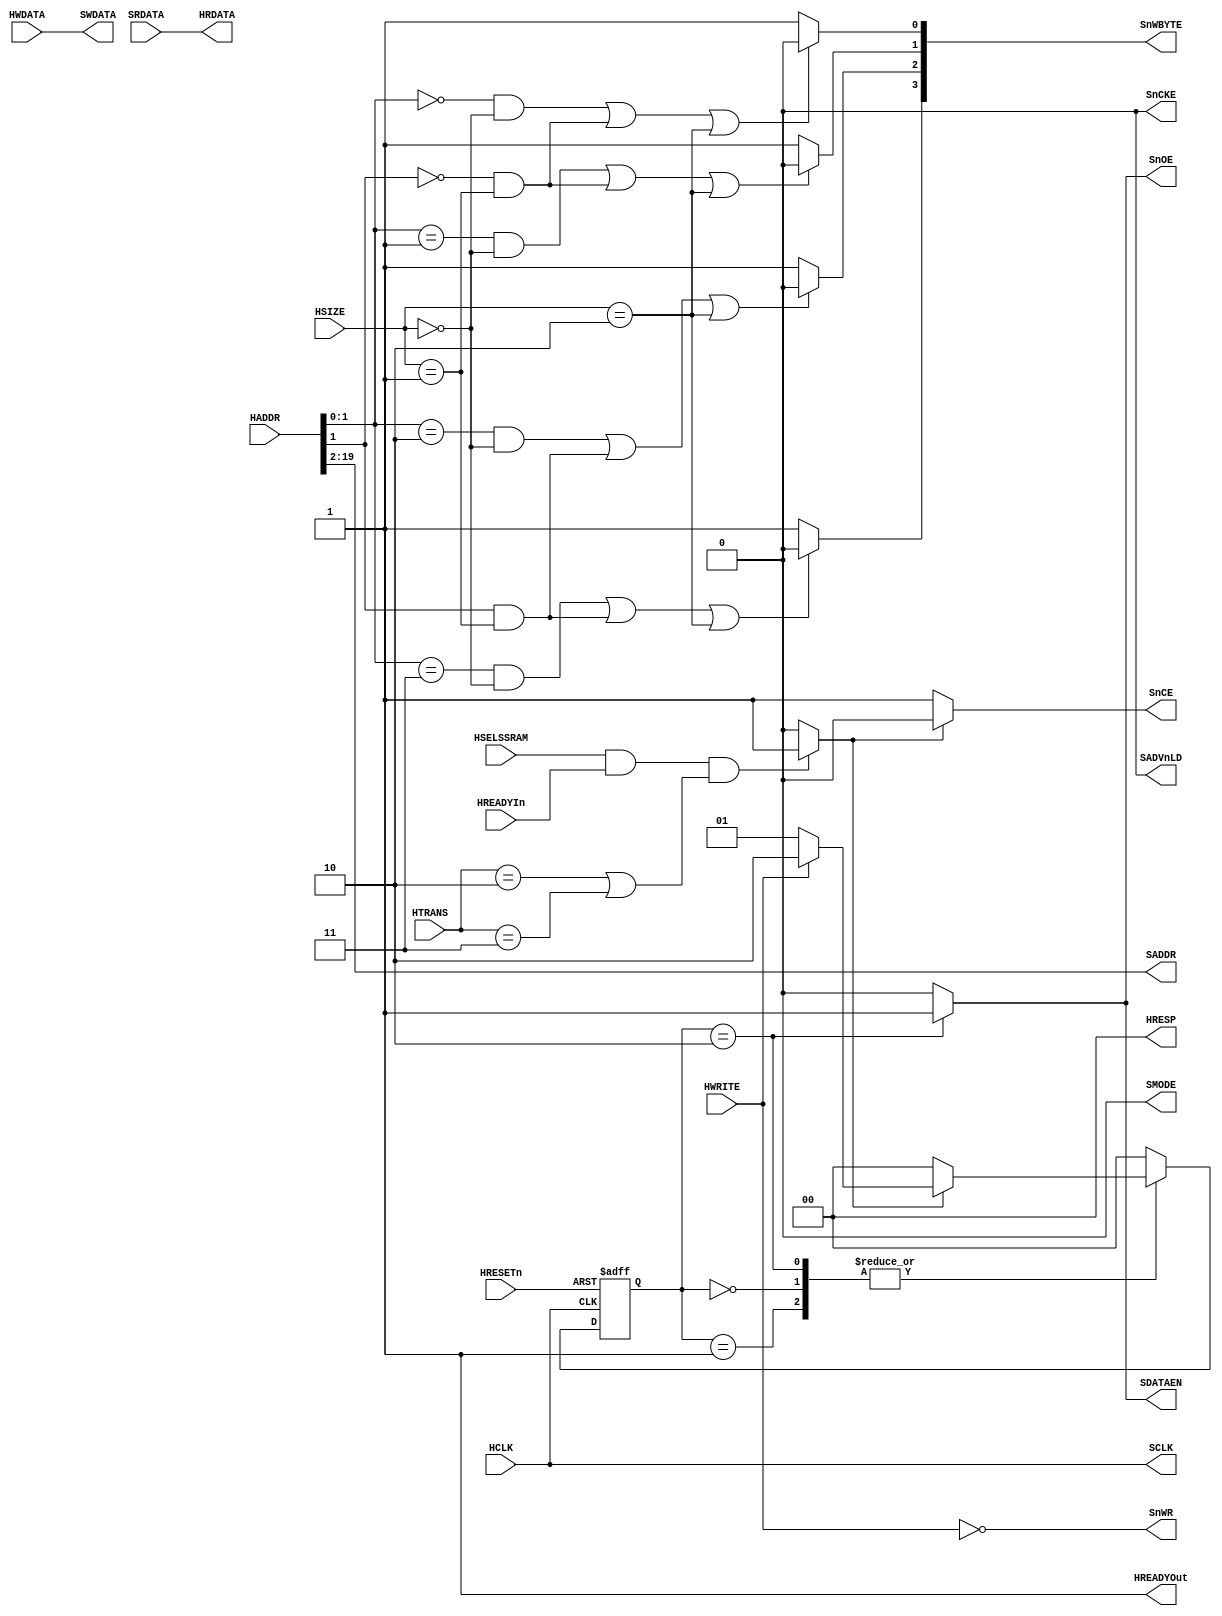
// --=========================================================================--
// This confidential and proprietary software may be used only as
// authorised by a licensing agreement from ARM Limited
//   (C) COPYRIGHT 2000 ARM Limited
//       ALL RIGHTS RESERVED
// The entire notice above must be reproduced on all authorised
// copies and copies may only be made to the extent permitted
// by a licensing agreement from ARM Limited.
//
// -----------------------------------------------------------------------------
// Version and Release Control Information:
//
// File Revision          : $Revision: $
//
// Release Information    : $State: $
//
// -----------------------------------------------------------------------------
// Purpose :
//           AHB ZBT SRAM controller
//
// --=========================================================================--

`timescale 1ns/1ps

// -----------------------------------------------------------------------------

module AHBZBTRAM (
// Inputs
                  HCLK,
                  HRESETn,
                  HSELSSRAM,
                  HREADYIn,
                  HTRANS,
                  HSIZE,
                  HWRITE,
                  HWDATA,
                  SRDATA,
                  HADDR,
// Outputs
                  SCLK,
                  HREADYOut,
                  HRESP,
                  SDATAEN,
                  SnWBYTE,
                  SnOE,
                  SnCE,
                  SADVnLD,
                  SnWR,
                  SMODE,
                  SnCKE,
                  SWDATA,
                  HRDATA,
                  SADDR
                  );

// Inputs
input         HCLK;      // system bus clock
input         HRESETn;   // reset input (active low)
input         HSELSSRAM; // AHB peripheral select
input         HREADYIn;  // AHB ready input
input   [1:0] HTRANS;    // AHB transfer type
input   [1:0] HSIZE;     // AHB hsize
input         HWRITE;    // AHB hwrite
input  [31:0] HWDATA;    // AHB write data bus
input  [31:0] SRDATA;    // SSRAM read data bus
input  [31:0] HADDR;     // AHB address bus

// Outputs
output        SCLK;      // SSRAM clock
output        HREADYOut; // AHB ready output to S->M mux
output  [1:0] HRESP;     // AHB response
output        SDATAEN;   // SSRAM tristate enable
output  [3:0] SnWBYTE;   // SSRAM byte lane writes
output        SnOE;      // SSRAM output enable
output        SnCE;      // SSRAM chip enable
output        SADVnLD;   // SSRAM advance / load
output        SnWR;      // SSRAM write
output        SMODE;     // SSRAM write MODE
output        SnCKE;     // SSRAM write Clock enable
output [31:0] SWDATA;    // SSRAM write data bus
output [31:0] HRDATA;    // AHB read data bus
output [19:2] SADDR;     // SSRAM address bus

// Inputs
wire          HCLK;      // system bus clock
wire          HRESETn;   // reset input (active low)
wire          HSELSSRAM; // AHB peripheral select
wire          HREADYIn;  // AHB ready input
wire    [1:0] HTRANS;    // AHB transfer type
wire    [1:0] HSIZE;     // AHB hsize
wire          HWRITE;    // AHB hwrite
wire   [31:0] HWDATA;    // AHB write data bus
wire   [31:0] SRDATA;    // SSRAM read data bus
wire   [31:0] HADDR;     // AHB address bus

// Outputs
wire          SCLK;      // SSRAM clock
wire          HREADYOut; // AHB ready output to S->M mux
wire    [1:0] HRESP;     // AHB response
wire          SDATAEN;   // SSRAM tristate enable
wire    [3:0] SnWBYTE;   // SSRAM byte lane writes
wire          SnOE;      // SSRAM output enable
wire          SnCE;      // SSRAM chip enable
wire          SADVnLD;   // SSRAM advance / load
wire          SnWR;      // SSRAM write
wire          SMODE;     // SSRAM write MODE
wire          SnCKE;     // SSRAM write Clock enable
wire   [31:0] SWDATA;    // SSRAM write data bus
wire   [31:0] HRDATA;    // AHB read data bus
wire   [19:2] SADDR;     // SSRAM address bus

// -----------------------------------------------------------------------------
//
//                                  AHBZBTRAM
//                                  =========
//
// -----------------------------------------------------------------------------
//
// Overview
// ========
// AHB ZBT SRAM controller
//
// -----------------------------------------------------------------------------

// -----------------------------------------------------------------------------
// Constant declarations
// -----------------------------------------------------------------------------
`define ST_IDLE          2'b00
`define ST_READ          2'b01
`define ST_WRITE         2'b10

// HTRANS transfer type signal encoding
`define TRN_IDLE         2'b00
`define TRN_BUSY         2'b01
`define TRN_NONSEQ       2'b10
`define TRN_SEQ          2'b11

// HRESP transfer response signal encoding
`define RSP_OKAY         2'b00
`define RSP_ERROR        2'b01
`define RSP_RETRY        2'b10
`define RSP_SPLIT        2'b11

// -----------------------------------------------------------------------------
// Wire declarations
// -----------------------------------------------------------------------------
wire       Valid;
// Module is selected with valid transfer

// -----------------------------------------------------------------------------
// Register declarations
// -----------------------------------------------------------------------------
reg  [1:0] NextState;
// State machine

reg  [1:0] CurrentState;
// Current state

// -----------------------------------------------------------------------------
// Function declarations
// -----------------------------------------------------------------------------

// -----------------------------------------------------------------------------
//
// Main body of code
// =================
//
// -----------------------------------------------------------------------------

// -----------------------------------------------------------------------------
// Valid transfer detection
// The slave must only respond to a valid transfer, so this must be detected.
// Valid AHB transfers only take place when a non-sequential or sequential
// transfer is shown on HTRANS - an idle or busy transfer should be ignored.
// -----------------------------------------------------------------------------
assign Valid            = ((HSELSSRAM == 1'b1) & (HREADYIn == 1'b1) &
                           ((HTRANS == `TRN_NONSEQ) | (HTRANS == `TRN_SEQ))) ?
                          1'b1 : 1'b0;

// -----------------------------------------------------------------------------
// Next state logic for APB state machine
// Generates next state from CurrentState and AHB inputs.
// -----------------------------------------------------------------------------
always @(CurrentState or Valid or HWRITE)
begin : p_NextStateComb
  case (CurrentState)

    // Idle state
    `ST_IDLE :
      if (Valid == 1'b1)
        if (HWRITE == 1'b1)
          NextState = `ST_WRITE;
        else
          NextState = `ST_READ;
      else
        NextState   = `ST_IDLE;

    // second read cycle
    `ST_READ :
      if (Valid == 1'b1)
        if (HWRITE == 1'b1)
          NextState = `ST_WRITE;
        else
          NextState = `ST_READ;
      else
        NextState   = `ST_IDLE;

    // second write cycle
    `ST_WRITE :
      if (Valid == 1'b1)
        if (HWRITE == 1'b1)
          NextState = `ST_WRITE;
        else
          NextState = `ST_READ;
      else
        NextState   = `ST_IDLE;

    // Return to idle on FSM error
    default :
       NextState    = `ST_IDLE;

  endcase
end // p_NextStateComb

// -----------------------------------------------------------------------------
// Signals controlled by statemachine
// -----------------------------------------------------------------------------
// SRAM DATA tristate control passed to top top level
assign SDATAEN          = (CurrentState == `ST_WRITE) ? 1'b1 : 1'b0;

// Ensure that ZBT cannot drive out during a write
assign SnOE             = (CurrentState == `ST_WRITE) ? 1'b1 : 1'b0;
// -----------------------------------------------------------------------------
// State machine
// Changes state on rising edge of HCLK.
// -----------------------------------------------------------------------------
always @(negedge HRESETn or posedge HCLK)
begin : p_CurrentStSeq
  if (HRESETn == 1'b0)
    CurrentState <= `ST_IDLE;
  else
    CurrentState <= NextState;
end // p_CurrentStSeq

// -----------------------------------------------------------------------------
// ZBT SRAM output drivers
// -----------------------------------------------------------------------------
assign SWDATA           = HWDATA;

assign SADDR            = HADDR[19:2];

assign SCLK             = HCLK;

assign SnWBYTE[0]       = (((HADDR[1:0] == 2'b00) &&
                            (HSIZE[1:0] == 2'b00)) ||
                           ((HADDR[1] == 1'b0) && (HSIZE[1:0] == 2'b01)) ||
                           ((HSIZE[1:0] == 2'b10))) ? 1'b0 : 1'b1;

assign SnWBYTE[1]       = (((HADDR[1:0] == 2'b01) &&
                            (HSIZE[1:0] == 2'b00)) ||
                           ((HADDR[1] == 1'b0) && (HSIZE[1:0] == 2'b01)) ||
                           ((HSIZE[1:0] == 2'b10))) ? 1'b0 : 1'b1;

assign SnWBYTE[2]      =  (((HADDR[1:0] == 2'b10) &&
                            (HSIZE[1:0] == 2'b00)) ||
                           ((HADDR[1] == 1'b1) && (HSIZE[1:0] == 2'b01)) ||
                           ((HSIZE[1:0] == 2'b10))) ? 1'b0 : 1'b1;


assign SnWBYTE[3]      = (((HADDR[1:0] == 2'b11) &&
                           (HSIZE[1:0] == 2'b00)) ||
                          ((HADDR[1] == 1'b1) && (HSIZE[1:0] == 2'b01)) ||
                          ((HSIZE[1:0] == 2'b10))) ? 1'b0 : 1'b1;

assign SnCE            = (Valid == 1'b1) ? 1'b0 : 1'b1;

assign SnWR            = ~(HWRITE);

assign SADVnLD         = 1'b0;

assign SMODE           = 1'b0;

assign SnCKE           = 1'b0;

// -----------------------------------------------------------------------------
// AHB output drivers
// -----------------------------------------------------------------------------
assign HRDATA          = SRDATA;
assign HRESP           = `RSP_OKAY;
assign HREADYOut       = 1'b1;

endmodule

// --================================== End ==================================--